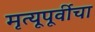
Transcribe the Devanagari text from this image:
मृत्यूपूर्वीचा